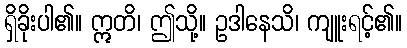
ရှိခိုးပါ၏။ ဣတိ၊ ဤသို့။ ဥဒါနေသိ၊ ကျူးရင့်၏။